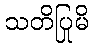
သတိပြုမိ